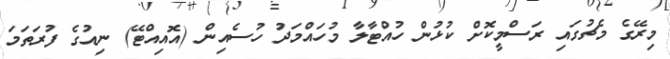
މިރޭގެ މެޗުގައި ރަސްމީކޮށް ކުޅުން ހުއްޓާލާ މުހައްމަދު ހުސެއިން (އޮއިއްޓޭ) ނިއުގެ ފުރަތަމަ